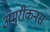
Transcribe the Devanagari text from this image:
अमरीकनस